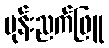
ပုန်းညက်ဖြူ